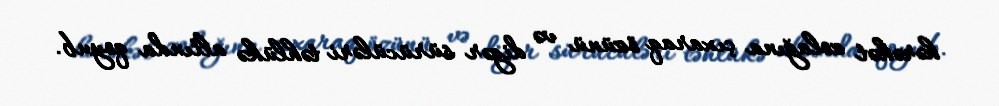
hərəkət zolağına çıxaraq özünü və digər sürücüləri təhlükə altında qoyub.